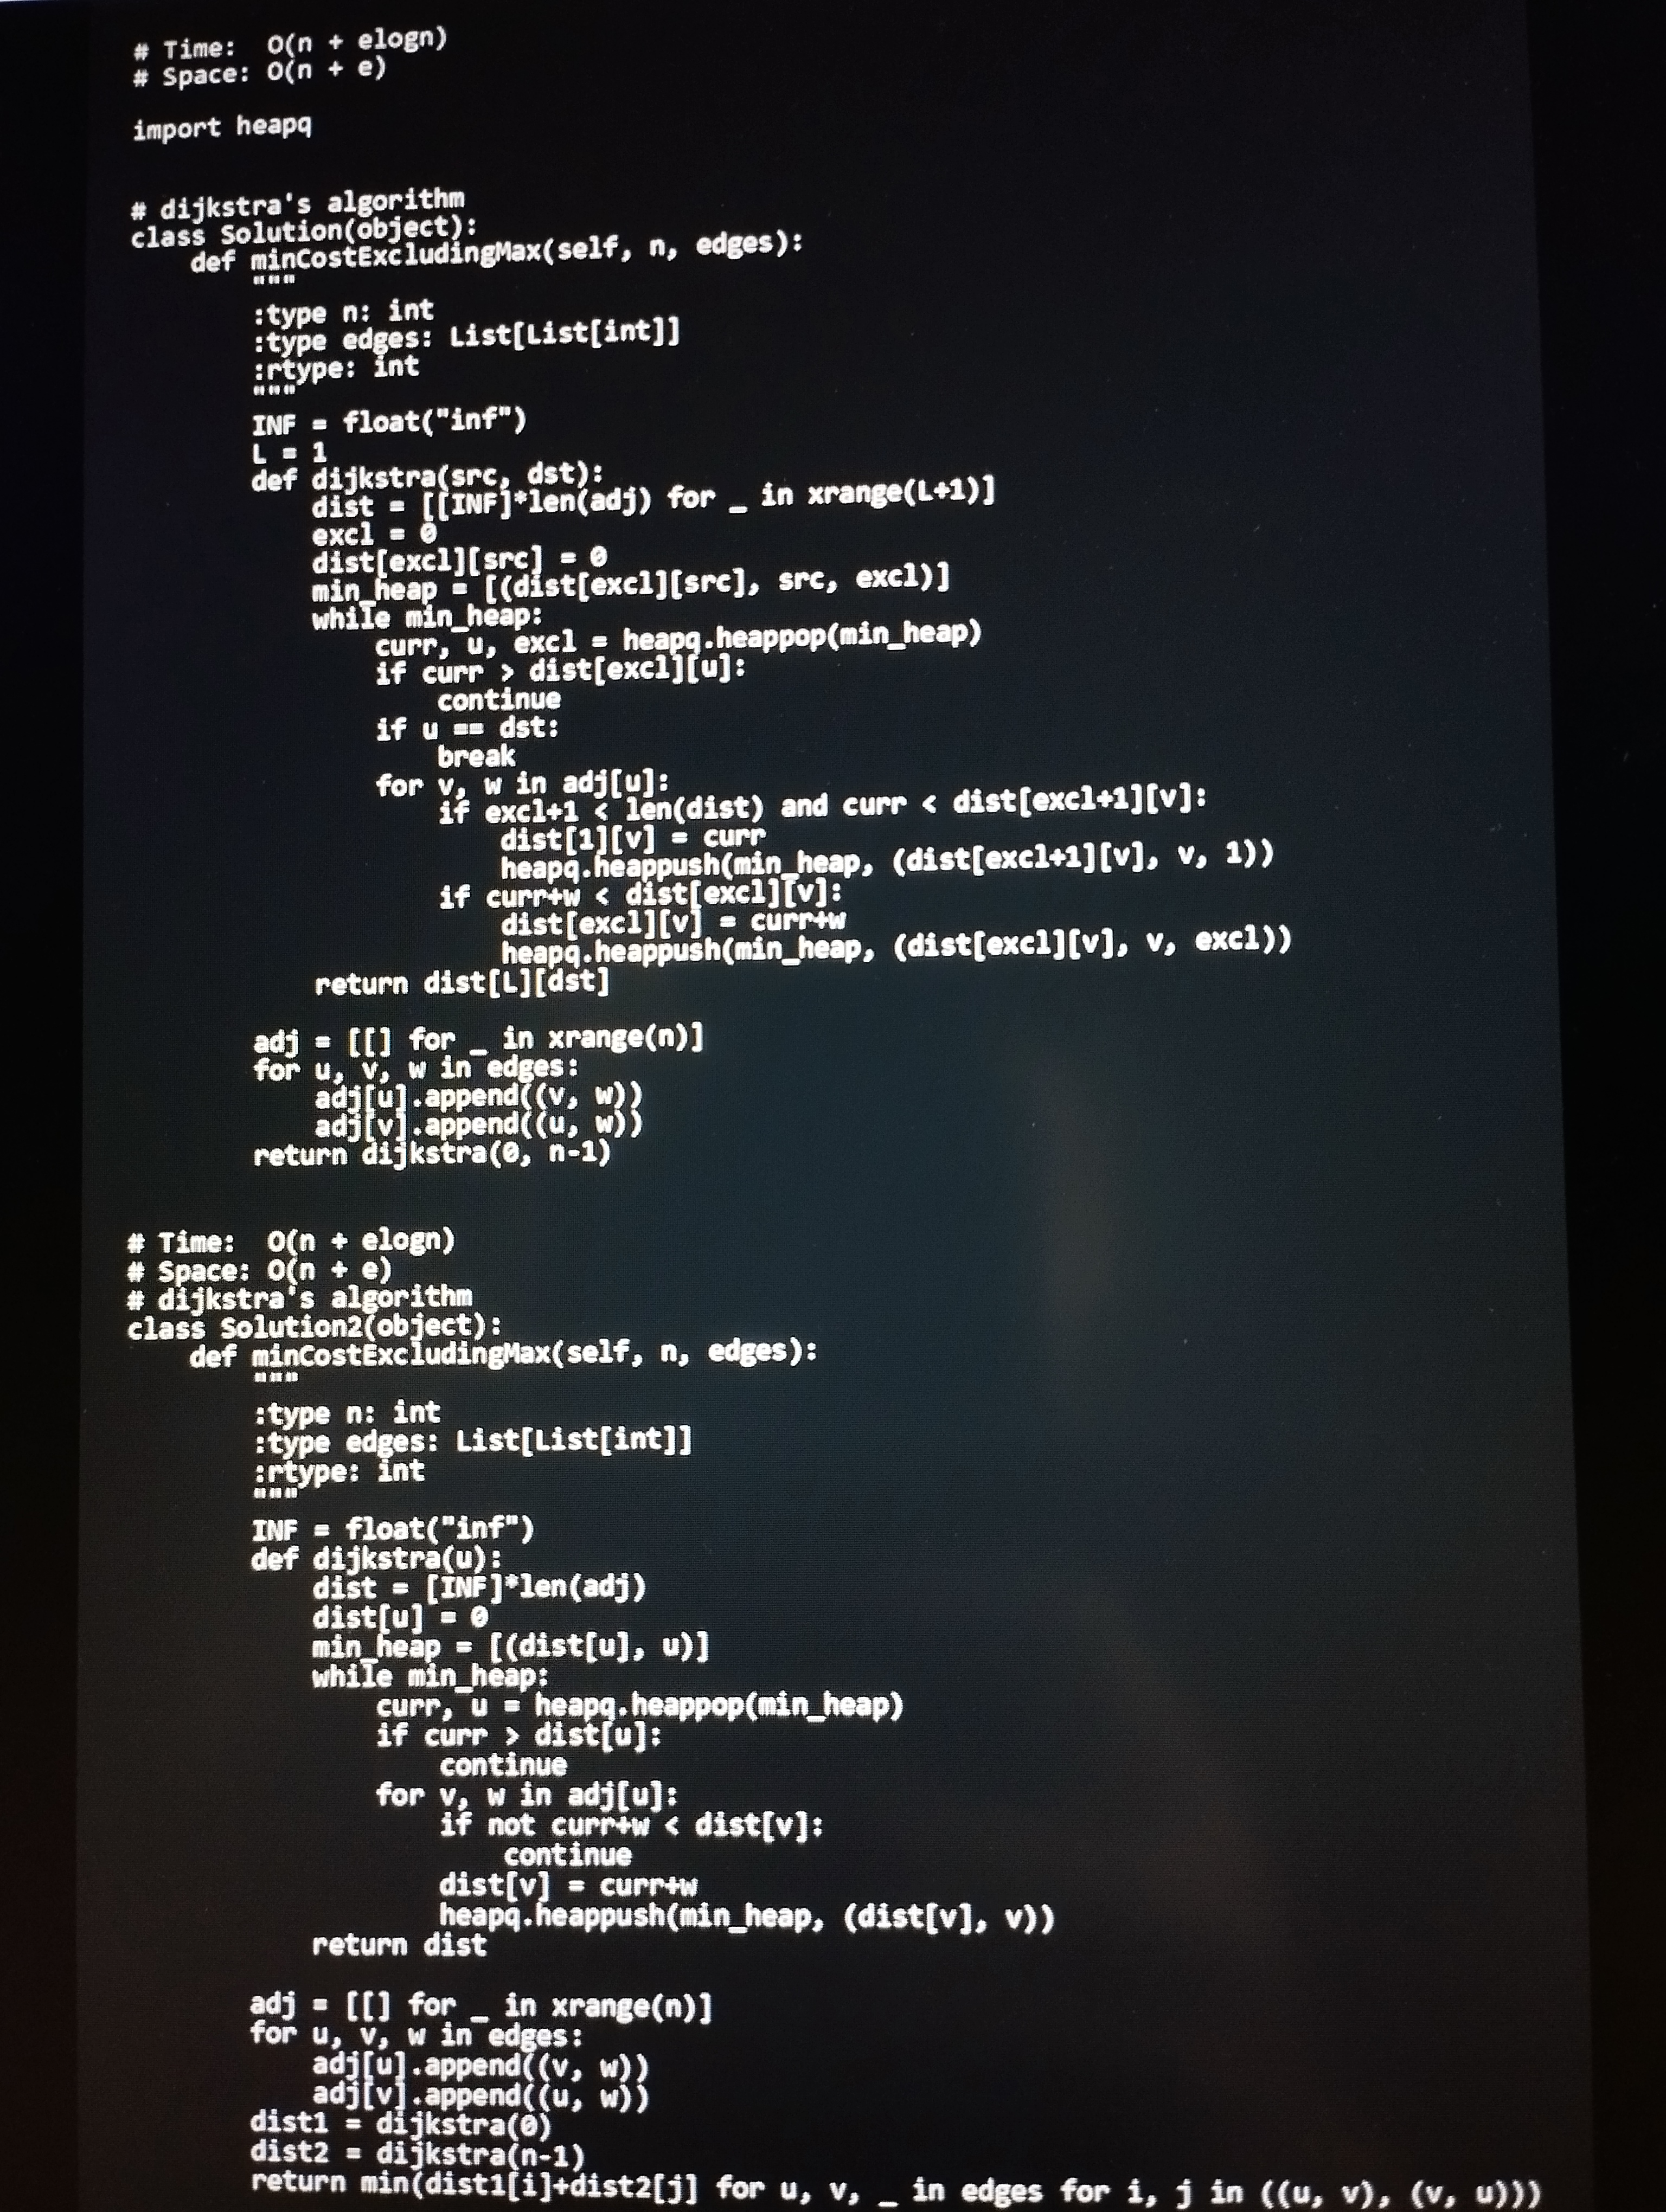
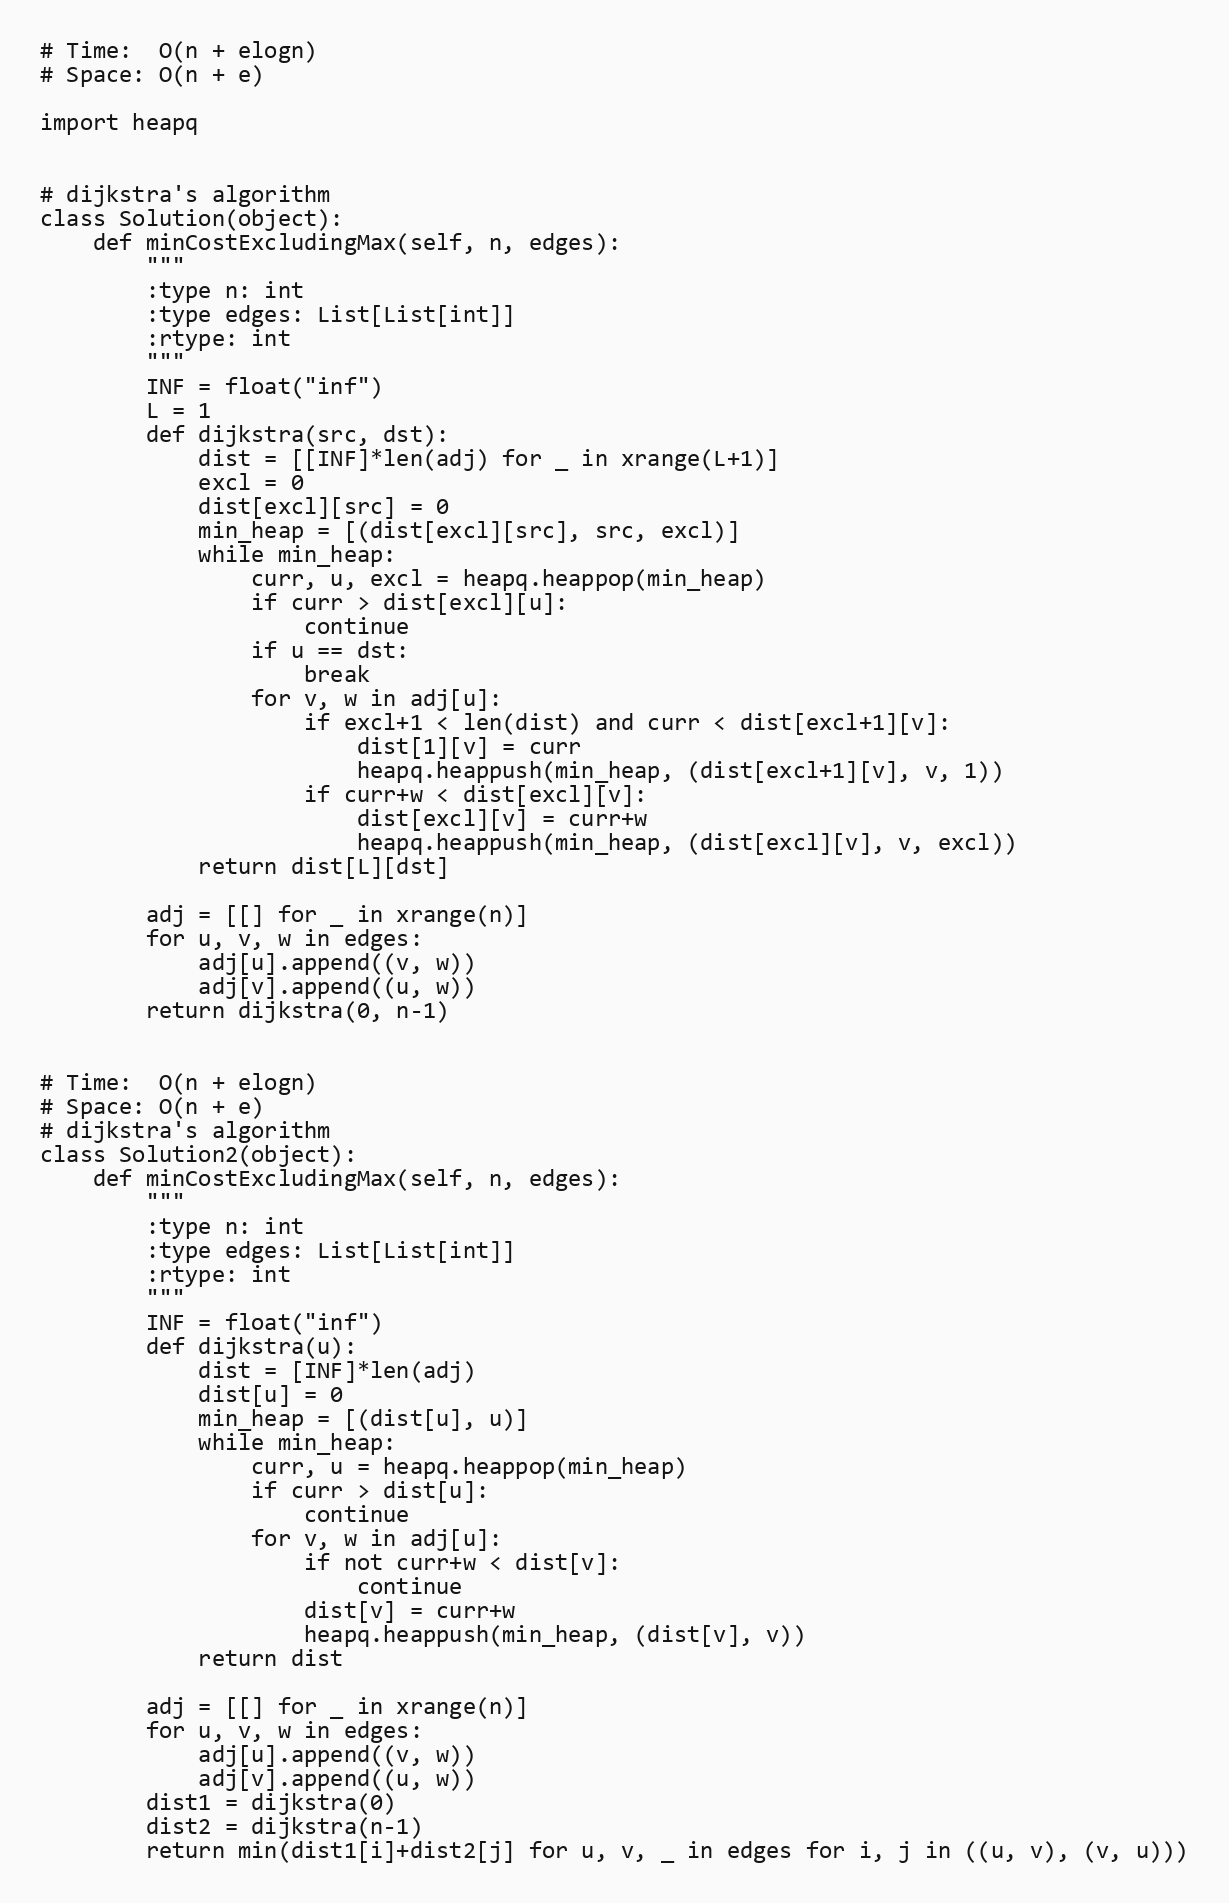
# Time:  O(n + elogn)
# Space: O(n + e)

import heapq

# dijkstra's algorithm
class Solution(object):
    def minCostExcludingMax(self, n, edges):
        """
        :type n: int
        :type edges: List[List[int]]
        :rtype: int
        """
        INF = float("inf")
        L = 1
        def dijkstra(src, dst):
            dist = [[INF]*len(adj) for _ in xrange(L+1)]
            excl = 0
            dist[excl][src] = 0
            min_heap = [(dist[excl][src], src, excl)]
            while min_heap:
                curr, u, excl = heapq.heappop(min_heap)
                if curr > dist[excl][u]:
                    continue
                if u == dst:
                    break
                for v, w in adj[u]:
                    if excl+1 < len(dist) and curr < dist[excl+1][v]:
                        dist[1][v] = curr
                        heapq.heappush(min_heap, (dist[excl+1][v], v, 1))
                    if curr+w < dist[excl][v]:
                        dist[excl][v] = curr+w
                        heapq.heappush(min_heap, (dist[excl][v], v, excl))
            return dist[L][dst]

        adj = [[] for _ in xrange(n)]
        for u, v, w in edges:
            adj[u].append((v, w))
            adj[v].append((u, w))
        return dijkstra(0, n-1)

# Time:  O(n + elogn)
# Space: O(n + e)
# dijkstra's algorithm
class Solution2(object):
    def minCostExcludingMax(self, n, edges):
        """
        :type n: int
        :type edges: List[List[int]]
        :rtype: int
        """
        INF = float("inf")
        def dijkstra(u):
            dist = [INF]*len(adj)
            dist[u] = 0
            min_heap = [(dist[u], u)]
            while min_heap:
                curr, u = heapq.heappop(min_heap)
                if curr > dist[u]:
                    continue
                for v, w in adj[u]:
                    if not curr+w < dist[v]:
                        continue
                    dist[v] = curr+w
                    heapq.heappush(min_heap, (dist[v], v))
            return dist

        adj = [[] for _ in xrange(n)]
        for u, v, w in edges:
            adj[u].append((v, w))
            adj[v].append((u, w))
        dist1 = dijkstra(0)
        dist2 = dijkstra(n-1)
        return min(dist1[i]+dist2[j] for u, v, _ in edges for i, j in ((u, v), (v, u)))